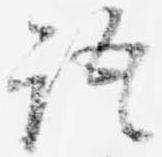
語